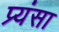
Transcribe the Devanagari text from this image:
प्र्यंसा